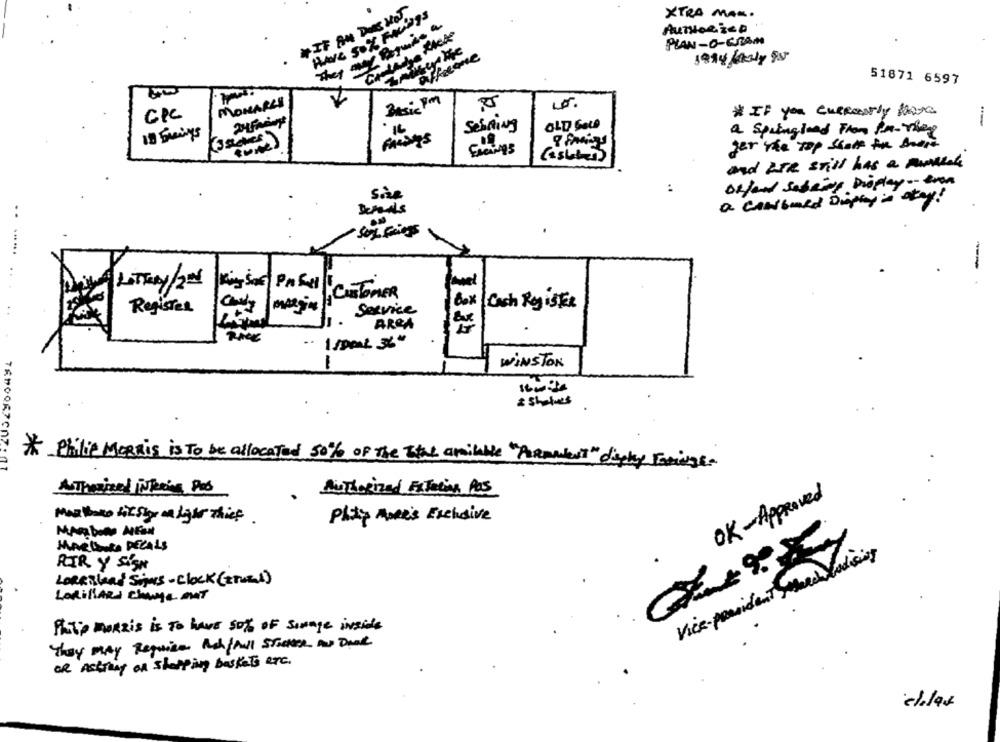
*IF AN DOS HOT
XTRA MAX.
HAVE SOL FALINGS
they may Begmise a
AUTHORICD
PLAN- O- CREAM
affeeine
51871 6597
MONARCH
CPC
* IF you currently have
Schning
OLD GOLD
16
a Springload From In-They
ger the Top shelf the Board
and RER Still has a mandRake
Defend sabeing Proplay -- even
She
:
a cowbord Dupays stay!
LOTTERY/20
. CUSTOMER
Register
Service
Cash Register
AREA
WINSTON
& Sholes
* Philip MORRIS is To be allocated 50% of the Ital amilable "Parament" disky Faringe.
ATherine INkeine Plus
AisThorized Exterior Pas
OK-Approved
Marlboro til Sign miger chief .
platy more's Exchaive
MARLBORO DECALS
Vice-president March lodising
RIR Y SIGN
LORRBland Sims- clock (zuEL)
LakillAR change mat
PAT'S MORRIS is TO have 50% OF simage inside
They may Requise Auch/pull StreetER And Dank
OR Astring on shopping baskets are.
elles